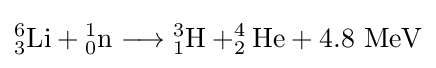
_{3}^{6}{\text{Li}}+{}_{0}^{1}{\text{n}}\longrightarrow {}_{1}^{3}{\text{H}}+_{2}^{4}{\text{He}}+{\text{4.8 MeV}}